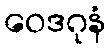
ဝေဒဂုနံ